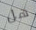
هل